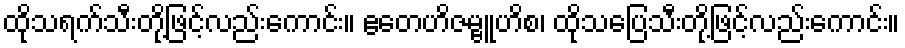
ထိုသရက်သီးတို့ဖြင့်လည်းကောင်း။ ဧတေဟိဇမ္ဗူဟိစ၊ ထိုသပြေသီးတို့ဖြင့်လည်းကောင်း။